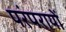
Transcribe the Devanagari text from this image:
परंपरायों